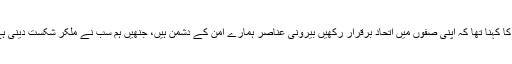
ان کا کہنا تھا کہ اپنی صفوں میں اتحاد برقرار رکھیں بیرونی عناصر ہمارے امن کے دشمن ہیں، جنھیں ہم سب نے ملکر شکست دینی ہے۔